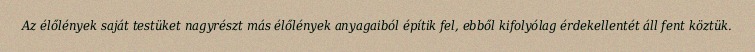
Az élőlények saját testüket nagyrészt más élőlények anyagaiból építik fel, ebből kifolyólag érdekellentét áll fent köztük.